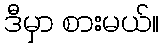
ဒီမှာ စားမယ်။